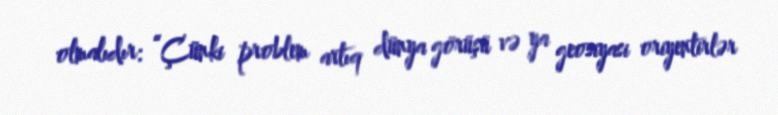
olmalıdır: “Çünki problem artıq dünya görüşü və ya geosiyasi oriyentirlər